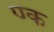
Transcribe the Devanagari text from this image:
ण्क